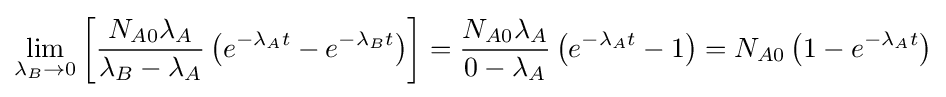
\lim _{\lambda _{B}\rightarrow 0}\left[{\frac {N_{A0}\lambda _{A}}{\lambda _{B}-\lambda _{A}}}\left(e^{-\lambda _{A}t}-e^{-\lambda _{B}t}\right)\right]={\frac {N_{A0}\lambda _{A}}{0-\lambda _{A}}}\left(e^{-\lambda _{A}t}-1\right)=N_{A0}\left(1-e^{-\lambda _{A}t}\right)